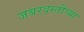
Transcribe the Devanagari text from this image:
जबरदस्तीच्या